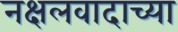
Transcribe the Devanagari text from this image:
नक्षलवादाच्या